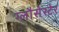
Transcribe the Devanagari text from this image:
ग्लौसेस्टेर